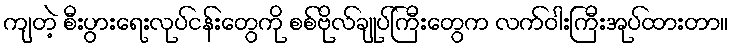
ကျတဲ့ စီးပွားရေးလုပ်ငန်းတွေကို စစ်ဗိုလ်ချုပ်ကြီးတွေက လက်ဝါးကြီးအုပ်ထားတာ။